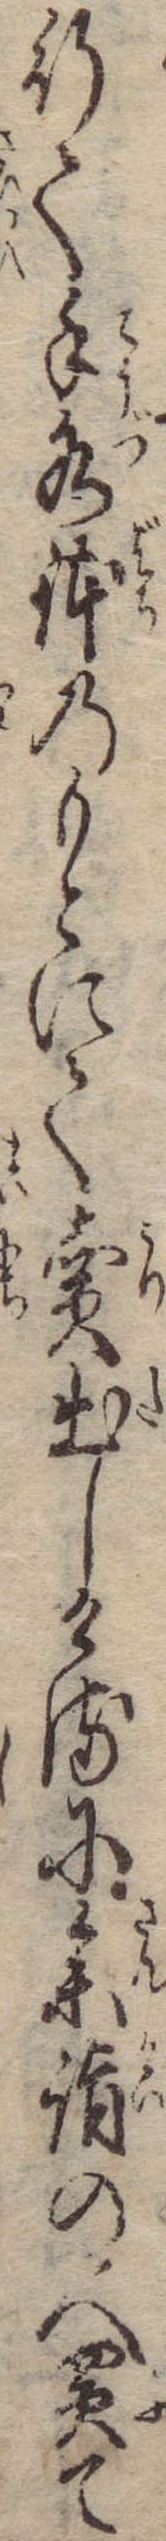
行て手水鉢のもとにて売出しけるに参詣の人買て